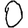
Digit: 0